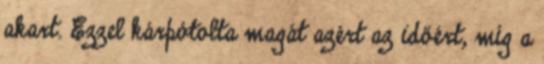
akart. Ezzel kárpótolta magát azért az időért, míg a